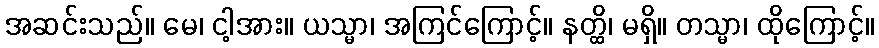
အဆင်းသည်။ မေ၊ ငါ့အား။ ယသ္မာ၊ အကြင်ကြောင့်။ နတ္ထိ၊ မရှိ။ တသ္မာ၊ ထိုကြောင့်။